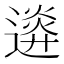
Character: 𨖉